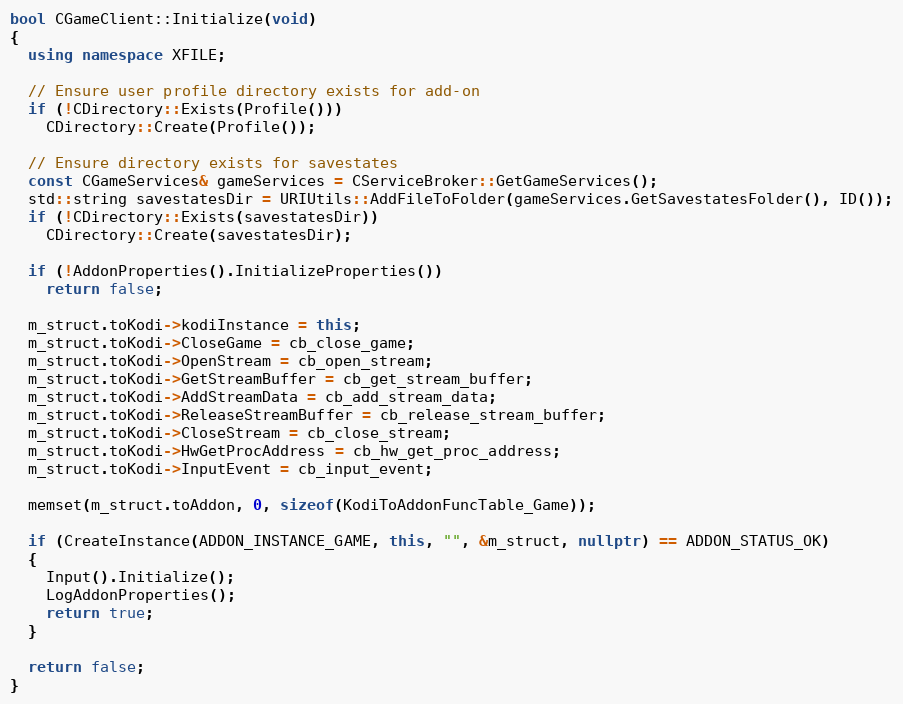
Language: C++
bool CGameClient::Initialize(void)
{
  using namespace XFILE;

  // Ensure user profile directory exists for add-on
  if (!CDirectory::Exists(Profile()))
    CDirectory::Create(Profile());

  // Ensure directory exists for savestates
  const CGameServices& gameServices = CServiceBroker::GetGameServices();
  std::string savestatesDir = URIUtils::AddFileToFolder(gameServices.GetSavestatesFolder(), ID());
  if (!CDirectory::Exists(savestatesDir))
    CDirectory::Create(savestatesDir);

  if (!AddonProperties().InitializeProperties())
    return false;

  m_struct.toKodi->kodiInstance = this;
  m_struct.toKodi->CloseGame = cb_close_game;
  m_struct.toKodi->OpenStream = cb_open_stream;
  m_struct.toKodi->GetStreamBuffer = cb_get_stream_buffer;
  m_struct.toKodi->AddStreamData = cb_add_stream_data;
  m_struct.toKodi->ReleaseStreamBuffer = cb_release_stream_buffer;
  m_struct.toKodi->CloseStream = cb_close_stream;
  m_struct.toKodi->HwGetProcAddress = cb_hw_get_proc_address;
  m_struct.toKodi->InputEvent = cb_input_event;

  memset(m_struct.toAddon, 0, sizeof(KodiToAddonFuncTable_Game));

  if (CreateInstance(ADDON_INSTANCE_GAME, this, "", &m_struct, nullptr) == ADDON_STATUS_OK)
  {
    Input().Initialize();
    LogAddonProperties();
    return true;
  }

  return false;
}